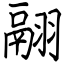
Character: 翮